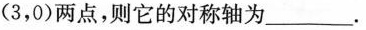
(3，0)两点，则它的对称轴为___.